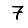
Digit: 7